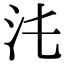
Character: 𣲃